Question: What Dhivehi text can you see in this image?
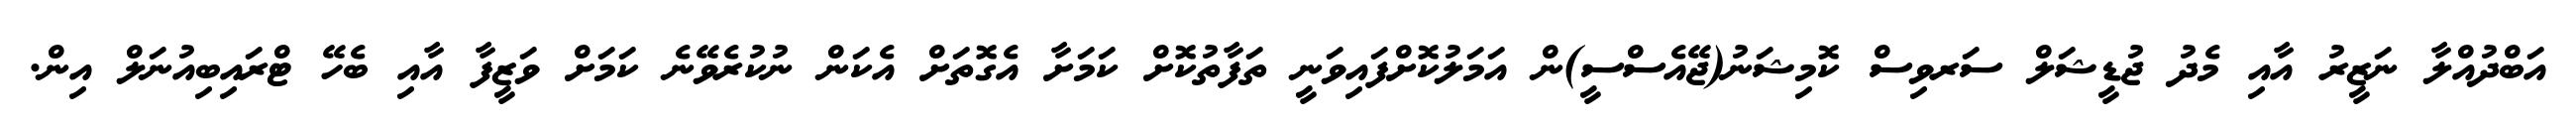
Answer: އަބްދުއްލާ ނަޒީރު އާއި މެދު ޖުޑީޝަލް ސަރވިސް ކޮމިޝަނު(ޖޭއެސްސީ)ން އަމަލުކޮށްފައިވަނީ ތަފާތުކޮށް ކަމަށާ އެގޮތަށް އެކަން ނުކުރެވޭނެ ކަމަށް ވަޒީފާ އާއި ބެހޭ ޓްރައިބިއުނަލް އިން.